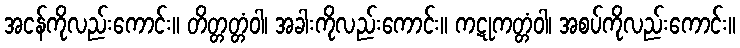
အငန်ကိုလည်းကောင်း။ တိတ္တတ္တံဝါ၊ အခါးကိုလည်းကောင်း။ ကဋုကတ္တံဝါ၊ အစပ်ကိုလည်းကောင်း။